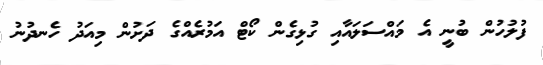
ފުލުހުން ބުނީ އެ މައްސަލައާއި ގުޅިގެން ކޯޓް އަމުރެއްގެ ދަށުން މިއަދު ހެނދުނު